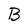
Character: B